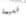
قسيمة